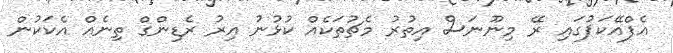
އެފްއޭކަޕުގައި ރޭ މިނޫނަސް އިތުރު މެޗުތަކެއް ކުޅުނު އިރު ރެޑިންގް ތިނެއް އެކަކުން